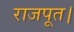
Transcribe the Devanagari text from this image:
राजपूत।